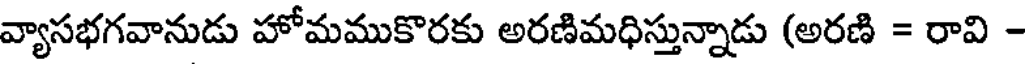
వ్యాసభగవానుడు హోమముకొరకు అరణిమధిస్తున్నాడు (అరణి = రావి -